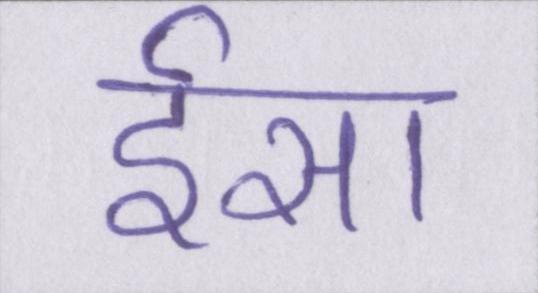
ईसा